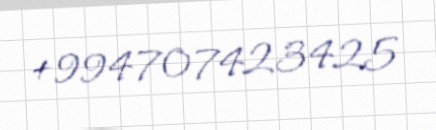
+994707423425